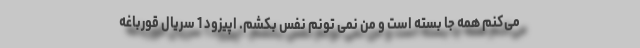
مى‌کنم همه جا بسته است و من نمى ‌تونم نفس بکشم. اپیزود 1 سریال قورباغه